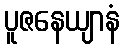
ပူဇနေယျာနံ